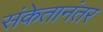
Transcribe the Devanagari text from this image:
संकेतानंतर